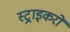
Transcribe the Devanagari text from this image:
स्ट्राइकरों